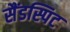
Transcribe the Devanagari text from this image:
सैंडस्पिट